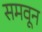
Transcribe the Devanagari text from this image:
समवून